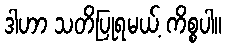
ဒါဟာ သတိပြုရမယ့် ကိစ္စပါ။